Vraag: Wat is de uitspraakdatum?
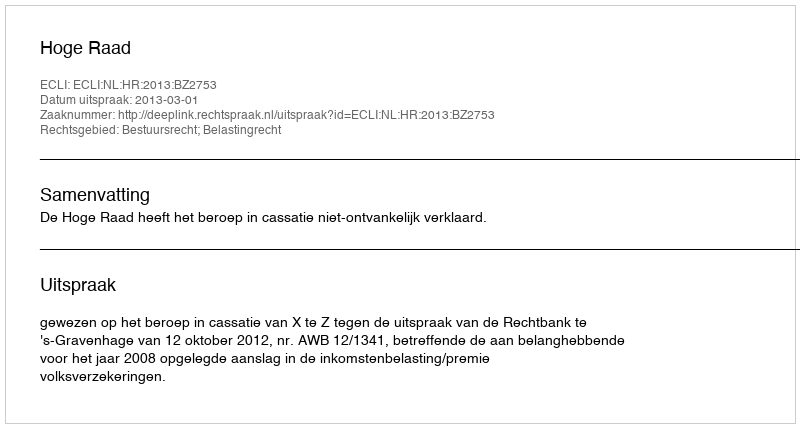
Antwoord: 2013-03-01